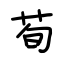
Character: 荀